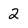
Character: 2